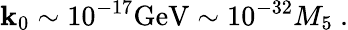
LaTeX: \mathbf{k}_{0}\sim10^{-17}\mathrm{{GeV}}\sim10^{-32}M_{5}\ .